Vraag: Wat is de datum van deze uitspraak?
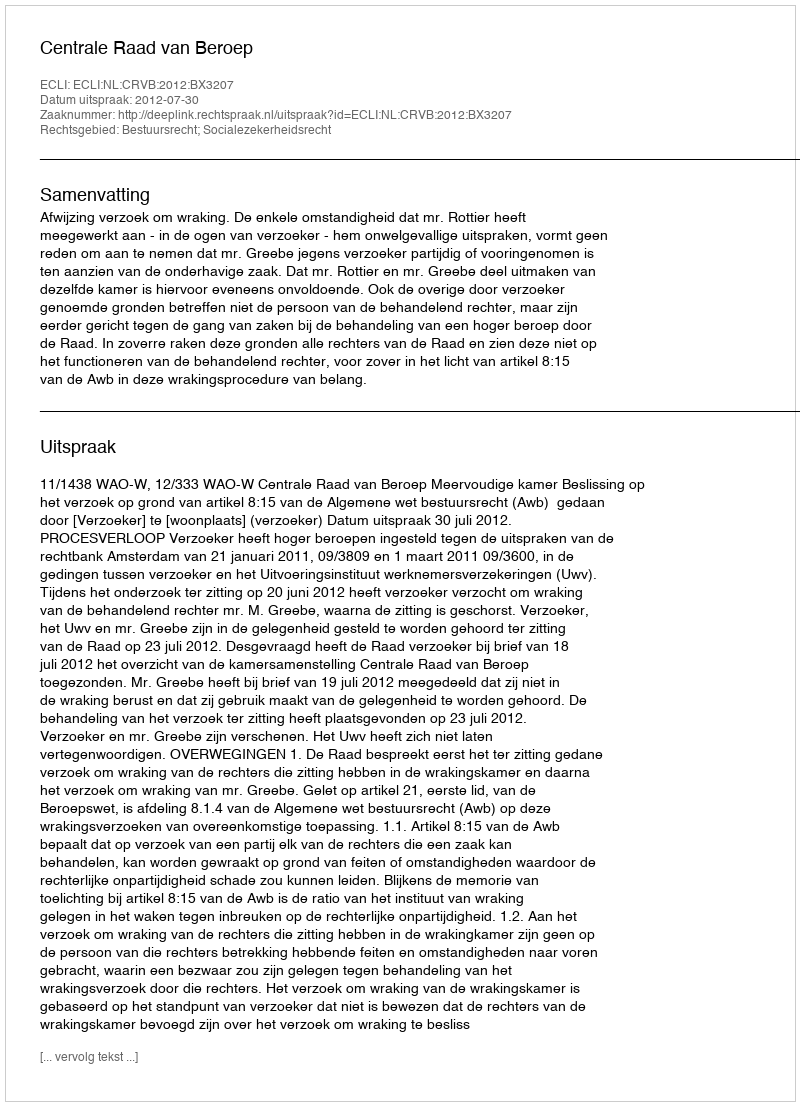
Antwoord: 2012-07-30